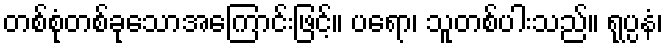
တစ်စုံတစ်ခုသောအကြောင်းဖြင့်။ ပရော၊ သူတစ်ပါးသည်။ ရုပ္ပနံ၊